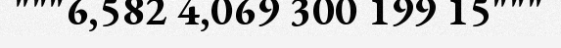
"""6,582 4,069 300 199 15"""